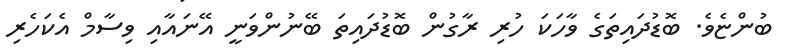
ބުންޏެވެ. ބޮޑުދައިތަގެ ވާހަކަ ހުރި ރާގުން ބޮޑުދައިތަ ބޭނުންވަނީ އޭނައާއި ވިސާމް އެކަހެރި